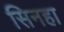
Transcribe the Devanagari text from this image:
सिनहा